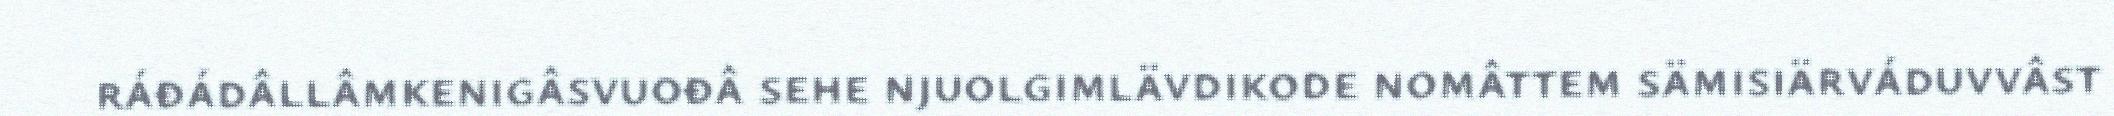
ráđádâllâmkenigâsvuođâ sehe njuolgimlävdikode nomâttem sämisiärváduvvâst